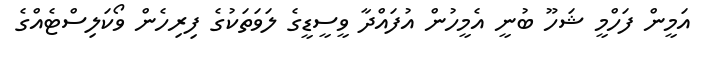
އަމީން ފަހްމީ ޝަހޫ ބުނީ އެމީހުން އުފައްދާ ވީސީޑީގެ ލަވަތަކުގެ ފިރިހެން ވޯކަލިސްޓެއްގެ